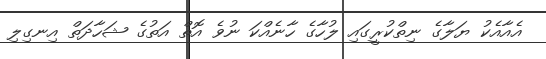
އެއާއެކު ޔަލާގެ ނިތްކުރީގައި ލުހާގެ ހާނެއްކަ ނުވެ އޮތް އަތުގެ ޝަހާދަތް އިނގިލި